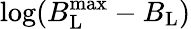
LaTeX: \log(B_{\mathrm{L}}^{\mathrm{max}}-B_{\mathrm{L}})